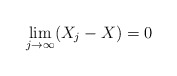
\begin{align*}\lim_{j\rightarrow \infty} ( X_j -X)= 0\end{align*}